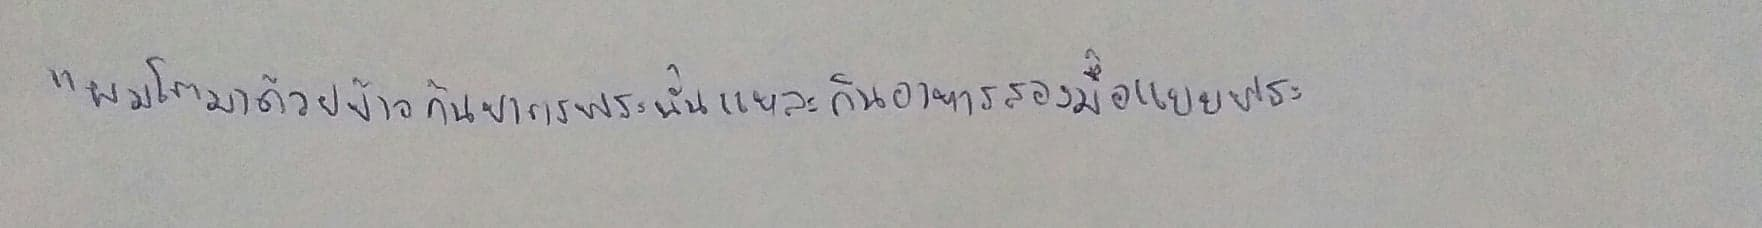
"ผมโตมาด้วยข้าวก้นบาตรพระนั่นแหละกินอาหารสองมื้อแบบพระ